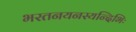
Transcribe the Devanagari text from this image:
भरतनयनस्यन्दिभिः